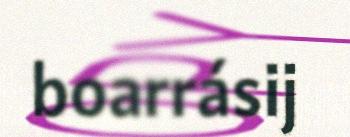
boarrásij